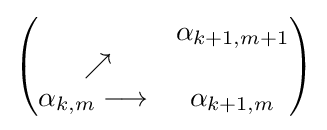
{\begin{pmatrix}\ \ &\alpha _{k+1,m+1}\\\ \nearrow &\ \\\alpha _{k,m}\longrightarrow &\alpha _{k+1,m}\end{pmatrix}}